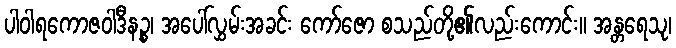
ပါဝါရကောဇဝါဒီနဉ္စ၊ အပေါ်လွှမ်းအခင်း ကော်ဇော စသည်တို့၏လည်းကောင်း။ အန္တရေသု၊